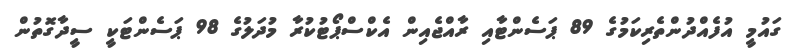
ގައުމީ އުފެއްދުންތެރިކަމުގެ 89 ޕަސެންޓާއި ރާއްޖެއިން އެކްސްޕޯޓުކުރާ މުދަލުގެ 98 ޕަސެންޓަކީ ސީދާގޮތުން